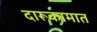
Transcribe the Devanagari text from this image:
दारूकामात